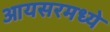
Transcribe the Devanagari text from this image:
आयसरमध्ये